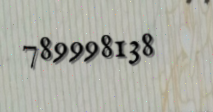
789998138